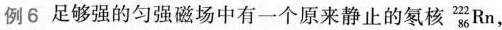
例6足够强的匀强磁场中有一个原来静止的氡核 _{86}^{222}Rn，